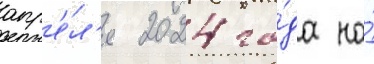
апр'е́л'я 2024 го́да на́